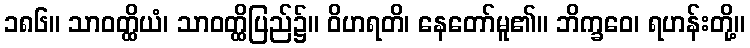
၁၈၆။ သာဝတ္ထိယံ၊ သာဝတ္ထိပြည်၌။ ဝိဟရတိ၊ နေတော်မူ၏။ ဘိက္ခဝေ၊ ရဟန်းတို့။